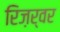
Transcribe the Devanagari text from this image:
रिज़र्वर